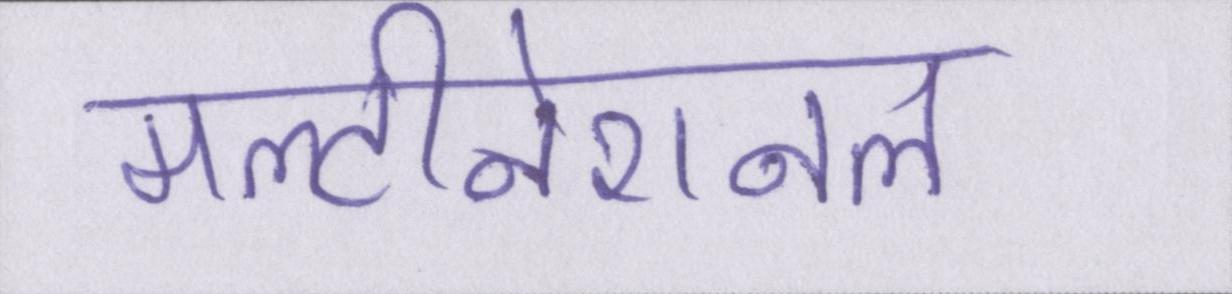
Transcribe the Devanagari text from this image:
मल्टीनेशनल